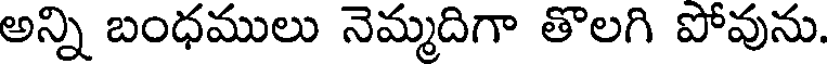
అన్ని బంధములు నెమ్మదిగా తొలగి పోవును.